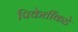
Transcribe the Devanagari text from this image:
पिकेतींकडे